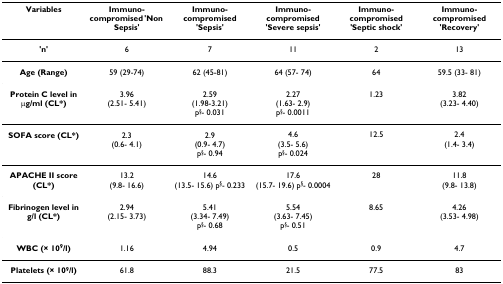
| Variables | Immuno-compromised 'Non Sepsis' | Immuno-compromised 'Sepsis' | Immuno-compromised 'Severe sepsis' | Immuno-compromised 'Septic shock' | Immuno-compromised 'Recovery' |
 | --- | --- | --- | --- | --- | --- |
 | 'n' | 6 | 7 | 11 | 2 | 13 |
 | Age (Range) | 59 (29-74) | 62 (45-81) | 64 (57- 74) | 64 | 59.5 (33- 81) |
 | Protein C level in μg/ml (CL*) | 3.96(2.51- 5.41) | 2.59(1.98-3.21)p§- 0.031 | 2.27(1.63- 2.9)p§- 0.0011 | 1.23 | 3.82(3.23- 4.40) |
 | SOFA score (CL*) | 2.3(0.6- 4.1) | 2.9(0.9- 4.7)p§- 0.94 | 4.6(3.5- 5.6)p§- 0.024 | 12.5 | 2.4(1.4- 3.4) |
 | APACHE II score (CL*) | 13.2(9.8- 16.6) | 14.6(13.5- 15.6) p§- 0.233 | 17.6(15.7- 19.6) p§- 0.0004 | 28 | 11.8(9.8- 13.8) |
 | Fibrinogen level in g/l (CL*) | 2.94(2.15- 3.73) | 5.41(3.34- 7.49)p§- 0.68 | 5.54(3.63- 7.45)p§- 0.51 | 8.65 | 4.26(3.53- 4.98) |
 | WBC (× 109/l) | 1.16 | 4.94 | 0.5 | 0.9 | 4.7 |
 | Platelets (× 109/l) | 61.8 | 88.3 | 21.5 | 77.5 | 83 |